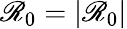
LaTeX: \mathscr{R}_{0}=|\mathbf{{\mathscr{R}}}_{0}|